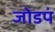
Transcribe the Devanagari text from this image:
जोडपं